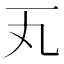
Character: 𪜂